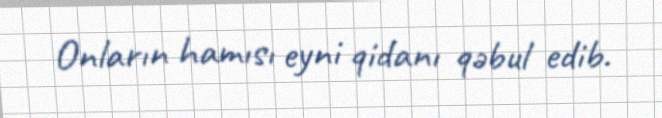
Onların hamısı eyni qidanı qəbul edib.